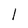
Character: 1